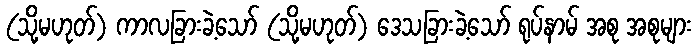
(သို့မဟုတ်) ကာလခြားခဲ့သော် (သို့မဟုတ်) ဒေသခြားခဲ့သော် ရုပ်နာမ် အစု အစုများ